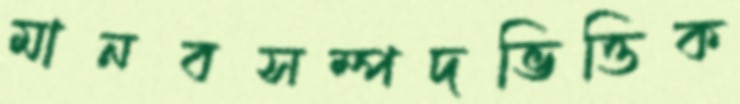
মানবসম্পদভিত্তিক